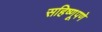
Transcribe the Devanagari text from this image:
सहिष्णूपणे